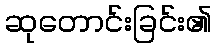
ဆုတောင်းခြင်း၏